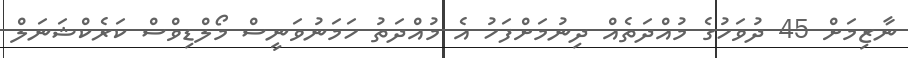
ނާޒިމަށް 45 ދުވަހުގެ މުއްދަތެއް ދިނުމަށްފަހު އެ މުއްދަތު ހަމަނުވަނީސް މޯލްޑިވްސް ކަރެކްޝަނަލް